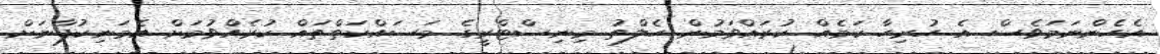
އެހެންނަމަވެސް އެ ހުރިހާ ކަމެއް ކުރައްވަމުން ހެލްތު މިނިސްޓްރީގެ މަސައްކަތްތައް ކުރެއްވުމަށް އެމަނިކުފާނަށް